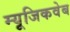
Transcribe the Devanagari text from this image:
म्यूजिकवेब